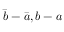
\bar { b } - \bar { a } , b - a